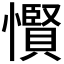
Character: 𢤞